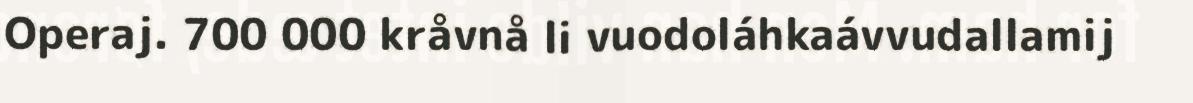
Operaj. 700 000 kråvnå li vuodoláhkaávvudallamij